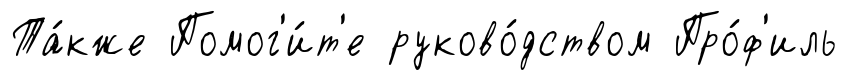
Та́кже Помог'и́т'е руково́дством Про́ф'иль